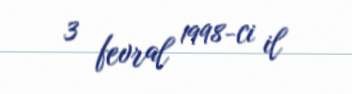
3 fevral 1998-ci il